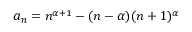
a _ { n } = n ^ { \alpha + 1 } - ( n - \alpha ) ( n + 1 ) ^ { \alpha }